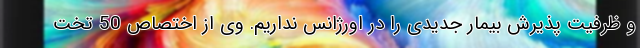
و ظرفیت پذیرش بیمار جدیدی را در اورژانس نداریم. وی از اختصاص 50 تخت